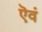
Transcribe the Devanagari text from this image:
ऎवं